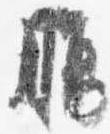
腹